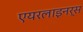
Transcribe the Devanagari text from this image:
एयरलाइनर्स